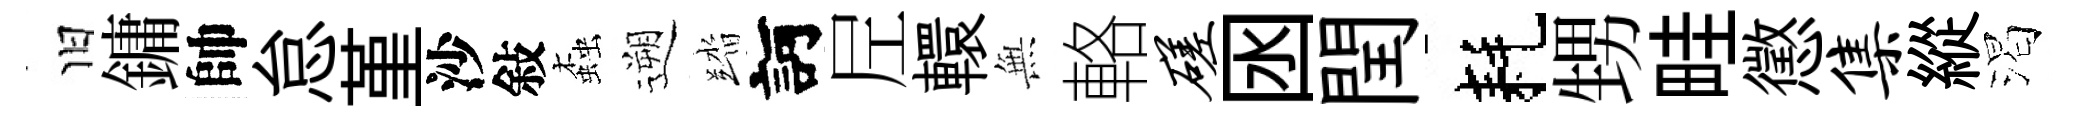
旧鏞帥怠堇沙敍螙遡踏訶𡰱轘𭴾輅磋囦閏耗甥畦懲集縱渴